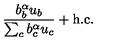
{ \frac { b _ { b } ^ { \alpha } u _ { b } } { \sum _ { c } b _ { c } ^ { \alpha } u _ { c } } } + \mathrm { h . c . }